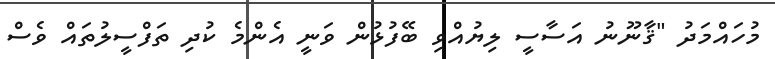
މުހައްމަދު "ޤާނޫނު އަސާސީ ލިޔުއްވި ބޭފުޅުން ވަނީ އެންމެ ކުދި ތަފްސީލުތައް ވެސް